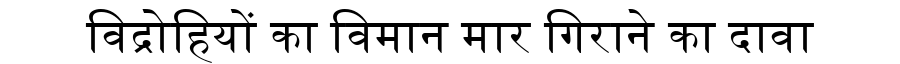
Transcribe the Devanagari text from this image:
विद्रोहियों का विमान मार गिराने का दावा